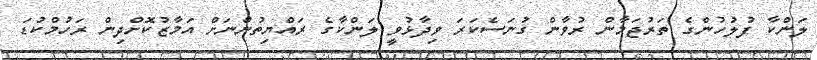
ލަންކާ ފުލުހުންގެ ތަރުޖަމާން ރުވާން ގުނަސެކަރަ ވިދާޅުވީ ލަންކާގެ ރައްޔިތުންނަށް އަމާޒުކޮށްދިން ރަހުމްކުޑަ